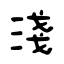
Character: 淺